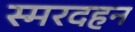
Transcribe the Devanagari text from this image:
स्मरदहन